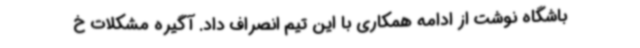
باشگاه نوشت از ادامه همکاری با این تیم انصراف داد. آگیره مشکلات خ